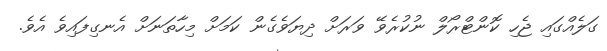
ގަލެއްގައި ޖެހި ކޮންޓްރޯލް ނުކުރެވޭ ވަރަށް ދިޔަވެގެން ކަމަށް މިހާތަނަށް އެނގިފައިވެ އެވެ.